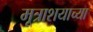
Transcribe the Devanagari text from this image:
मूत्राशयाच्या